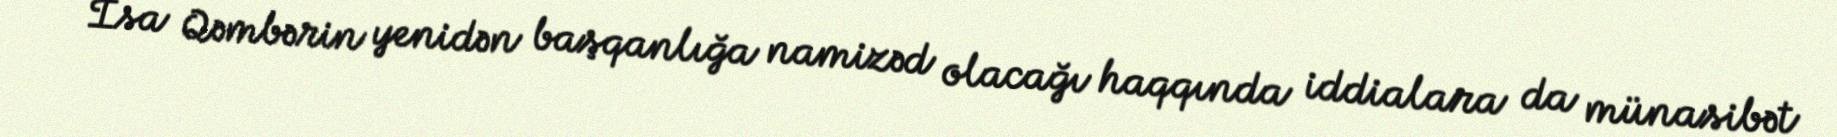
İsa Qəmbərin yenidən başqanlığa namizəd olacağı haqqında iddialara da münasibət